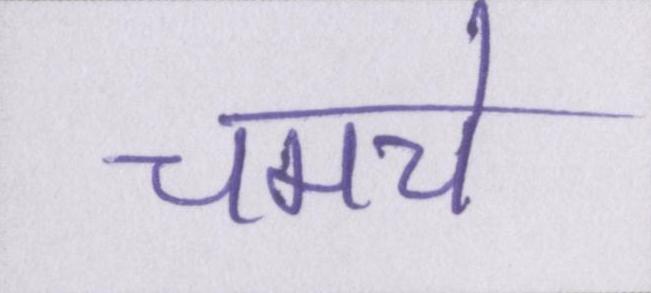
चमचे